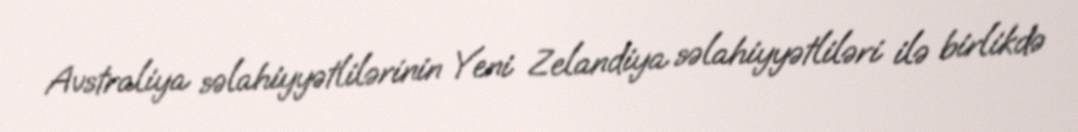
Avstraliya səlahiyyətlilərinin Yeni Zelandiya səlahiyyətliləri ilə birlikdə